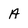
Character: A